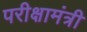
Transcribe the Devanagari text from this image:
परीक्षामंत्री